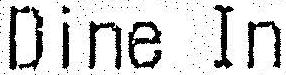
DINE IN